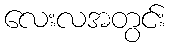
လေးလအတွင်း